Annual administration and progress report of the Indian Medical Department, Bombay
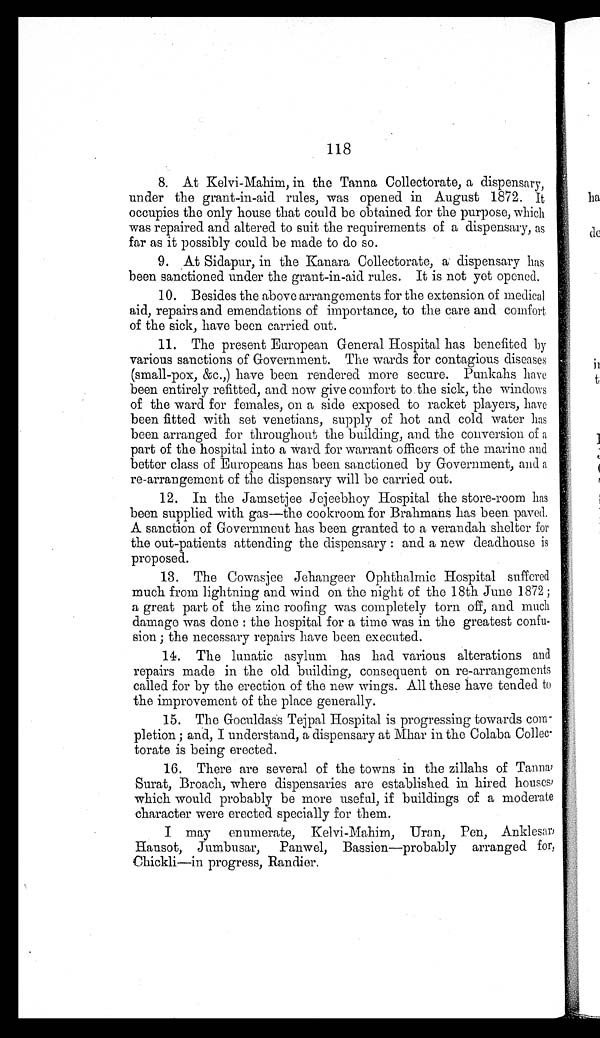
118
8. At Kelvi-Mahim, in the Tanna Collectorate, a dispensary,
under the grant-in-aid rules, was opened in August 1872. It
occupies the only house that could be obtained for the purpose, which
was repaired and altered to suit the requirements of a dispensary, as
far as it possibly could be made to do so.
9. At Sidapur, in the Kanara Collectorate, a dispensary has
been sanctioned under the grant-in-aid rules. It is not yet opened.
10. Besides the above arrangements for the extension of medical
aid, repairs and emendations of importance, to the care and comfort
of the sick, have been carried out.
11. The present European General Hospital has benefited by
various sanctions of Government. The wards for contagious diseases
(small-pox, &c.,) have been rendered more secure. Punkahs have
been entirely refitted, and now give comfort to the sick, the windows
of the ward for females, on a side exposed to racket players, have
been fitted with set venetians, supply of hot and cold water has
been arranged for throughout the building, and the conversion of a
part of the hospital into a ward for warrant officers of the marine and
better class of Europeans has been sanctioned by Government, and a
re-arrangement of the dispensary will be carried out.
12. In the Jamsetjee Jejeebhoy Hospital the store-room has
been supplied with gas—the cookroom for Brahmans has been paved.
A sanction of Government has been granted to a verandah shelter for
the out-patients attending the dispensary : and a new deadhouse is
proposed.
13. The Cowasjee Jehangeer Ophthalmic Hospital suffered
much from lightning and wind on the night of the 18th June 1872 ;
a great part of the zinc roofing was completely torn off, and much
damage was done : the hospital for a time was in the greatest confu
- s i o n ; t h e n e c e s s a r y r e p a i r s h a v e b e e n e x e c u t e d .
14. The lunatic asylum has had various alterations and
repairs made in the old building, consequent on re-arrangements
called for by the erection of the new wings. All these have tended to
the improvement of the place generally.
15. The Goculdass Tejpal Hospital is progressing towards com
-pletion ; and, I understand, a dispensary at Mhar in the Colaba Collec--
torate is being erected.
16. There are several of the towns in the zillahs of Tanna,
Surat, Broach, where dispensaries are established in hired houses,
which would probably be more useful, if buildings of a moderate
character were erected specially for them.
I may enumerate, Kelvi-Mahim, Uran, Pen, Anklesar,
Hansot, Jumbusar, Panwel, Bassien—probably arranged for,
Chickli—in progress, Randier.